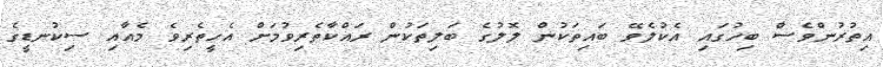
އިތުރުންވެސް ބިހުގައި އެކުލެވޭ ބައިތަކުން ލޮލުގެ ބަލިތަކުން ރައްކާތެރިވުމަށް އެހީތެރިވެ މެއާއި ސިކުނޑީގެ